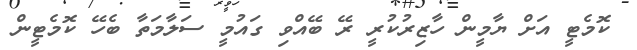
ކޮމެޓީ އަށް ޔާމީން ހާޒިރުކުރީ ރޭ ބޭއްވި ގައުމީ ސަލާމަތާ ބެހޭ ކޮމެޓީން